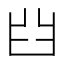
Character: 𦥒